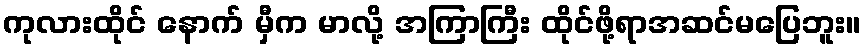
ကုလားထိုင် နောက် မှီက မာလို့ အကြာကြီး ထိုင်ဖို့ရာအဆင်မပြေဘူး။